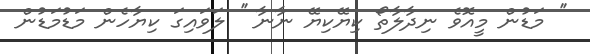
'' މަޑުން މީއޮވެ ނިދާލާތޯ ކިޔޭކިޔޭ ނާނާ '' ލަވައިގަ ކިޔާހެން މަޑުމަޑުން